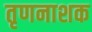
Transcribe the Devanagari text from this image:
तृणनाशक